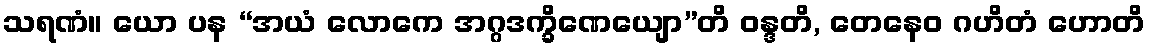
သရဏံ။ ယော ပန “အယံ လောကေ အဂ္ဂဒက္ခိဏေယျော”တိ ဝန္ဒတိ, တေနေဝ ဂဟိတံ ဟောတိ